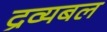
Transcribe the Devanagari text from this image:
द्रव्यबल